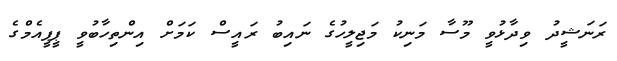
ރަނަޝީދު ވިދާޅުވީ މޫސާ މަނިކު މަޖިލީހުގެ ނައިބު ރައީސް ކަމަށް އިންތިހާބުވީ ޕީޕީއެމްގެ